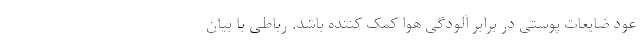
عود ضایعات پوستی در برابر آلودگی هوا کمک کننده باشد. رباطی با بیان